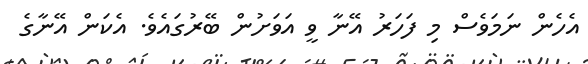
އެހެން ނަމަވެސް މި ފަހަރު އޭނާ ވީ އަވަށުން ބޭރުގައެވެ. އެކަން އޭނާގެ